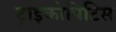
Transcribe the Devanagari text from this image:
ट्राइकोपिटिस